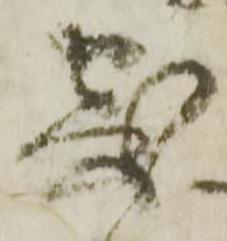
寄